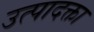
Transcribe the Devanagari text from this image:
उत्पादक्ता